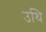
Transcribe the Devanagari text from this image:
उथि